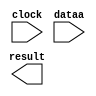
module mult16 (
	clock,
	dataa,
	result);

	input	  clock;
	input	[15:0]  dataa;
	output	[31:0]  result;

endmodule